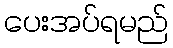
ပေးအပ်ရမည်